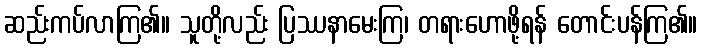
ဆည်းကပ်လာကြ၏။ သူတို့လည်း ပြဿနာမေးကြ၊ တရားဟောဖို့ရန် တောင်းပန်ကြ၏။